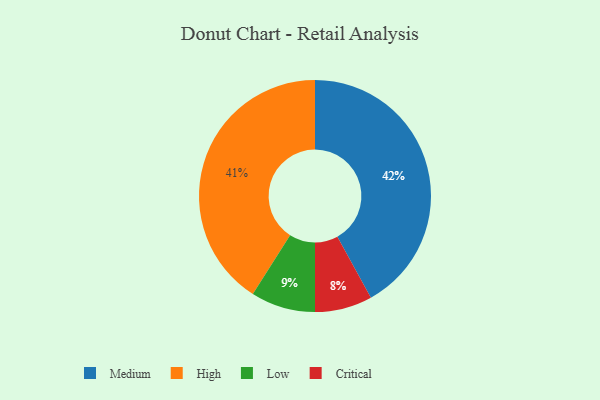
{"axis": {"x": "Category", "y": "Percentage"}, "legend": ["Critical", "High", "Low", "Medium"], "data": [{"x": "Critical", "y": 8, "type": "Critical"}, {"x": "Medium", "y": 42, "type": "Medium"}, {"x": "High", "y": 41, "type": "High"}, {"x": "Low", "y": 9, "type": "Low"}]}